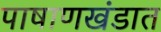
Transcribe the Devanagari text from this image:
पाषाणखंडात